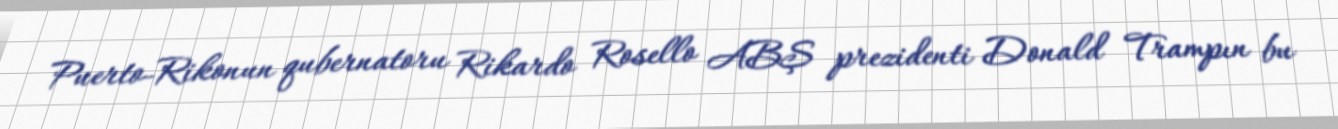
Puerto-Rikonun qubernatoru Rikardo Rosello ABŞ prezidenti Donald Trampın bu